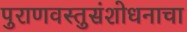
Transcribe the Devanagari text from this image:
पुराणवस्तुसंशोधनाचा